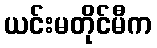
ယင်းမတိုင်မီက